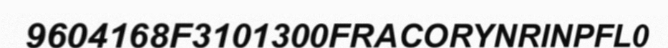
9604168F3101300FRACORYNRINPFL0